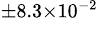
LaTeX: ^{\pm 8.3\times 10^{-2}}